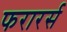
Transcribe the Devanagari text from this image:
फरारर्स